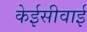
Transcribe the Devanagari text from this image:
केईसीवाई